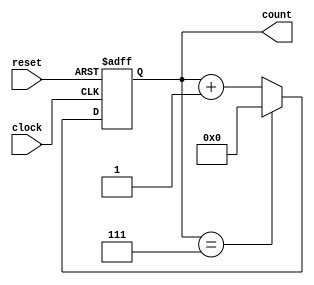
module ModulusCounter (
    input clock,
    input reset,
    output reg [3:0] count
);

parameter MODULUS = 8;
parameter START_VALUE = 0;

always @(posedge clock or posedge reset) begin
    if (reset) begin
        count <= START_VALUE;
    end else begin
        if (count == MODULUS - 1) begin
            count <= START_VALUE;
        end else begin
            count <= count + 1;
        end
    end
end

endmodule